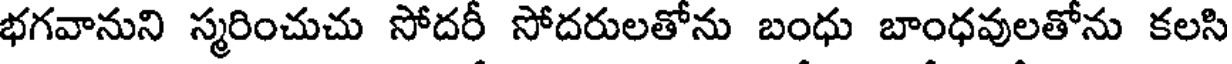
భగవానుని స్మరించుచు సోదరీ సోదరులతోను బంధు బాంధవులతోను కలసి